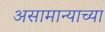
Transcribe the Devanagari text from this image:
असामान्याच्या